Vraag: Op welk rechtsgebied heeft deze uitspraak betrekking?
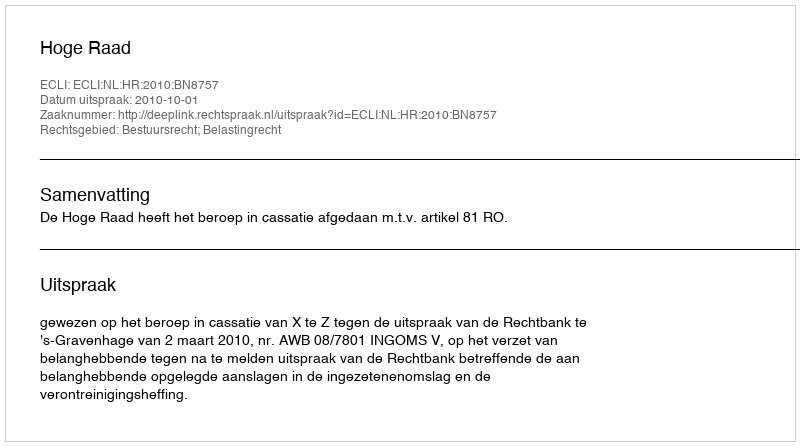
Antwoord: Bestuursrecht; Belastingrecht